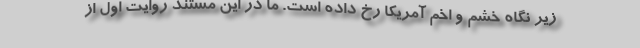
زیر نگاه خشم و اخم آمریکا رخ داده است. ما در این مستند روایت اول از